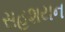
સહશયન